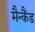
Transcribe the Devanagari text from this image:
मैन्कैंड